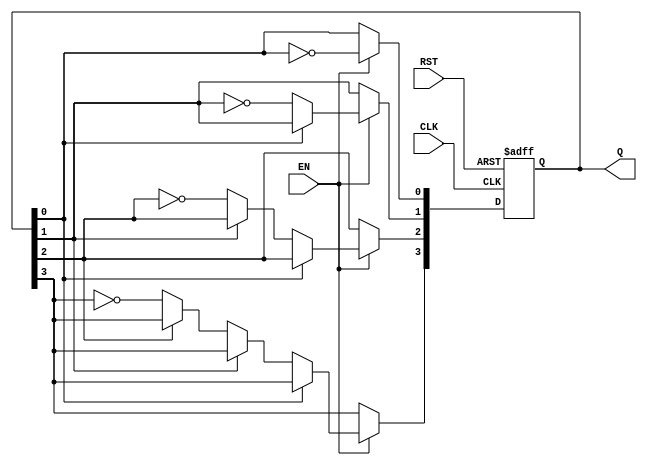
module async_binary_counter(
    input wire CLK,      // Clock input
    input wire RST,      // Asynchronous Reset
    input wire EN,       // Enable signal
    output reg [3:0] Q   // 4-bit output for the counter
);

// Asynchronous Counter Logic
always @(posedge CLK or posedge RST) begin
    if (RST) begin
        Q <= 4'b0000; // Reset output to 0000 on reset
    end else if (EN) begin
        Q[0] <= ~Q[0]; // Toggle LSB
        if (~Q[0]) begin
            Q[1] <= ~Q[1]; // Toggle second bit if LSB was 0 before
            if (~Q[1]) begin
                Q[2] <= ~Q[2]; // Toggle third bit if second bit was 0 before
                if (~Q[2]) begin
                    Q[3] <= ~Q[3]; // Toggle MSB if third bit was 0 before
                end
            end
        end
    end
end

endmodule